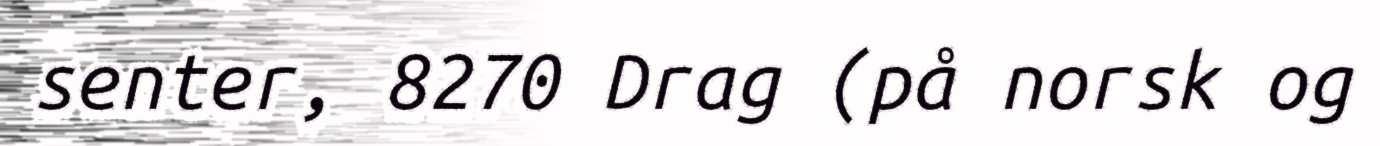
senter, 8270 Drag (på norsk og